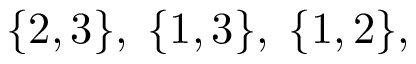
\{ 2 , 3 \} , \; \{ 1 , 3 \} , \; \{ 1 , 2 \} ,